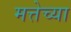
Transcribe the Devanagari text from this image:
मत्तेच्या